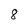
Character: 8